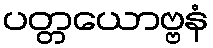
ပတ္တယောဗ္ဗနံ